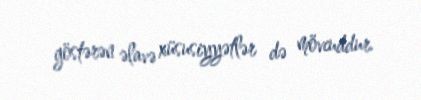
göstərən əlavə xüsusiyyətlər də mövcuddur.